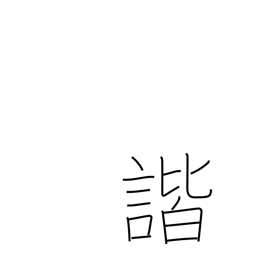
Meaning: harmony